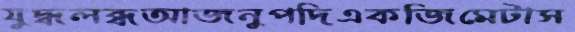
যুদ্ধলব্ধআজনুপদিএকজিমেটাস